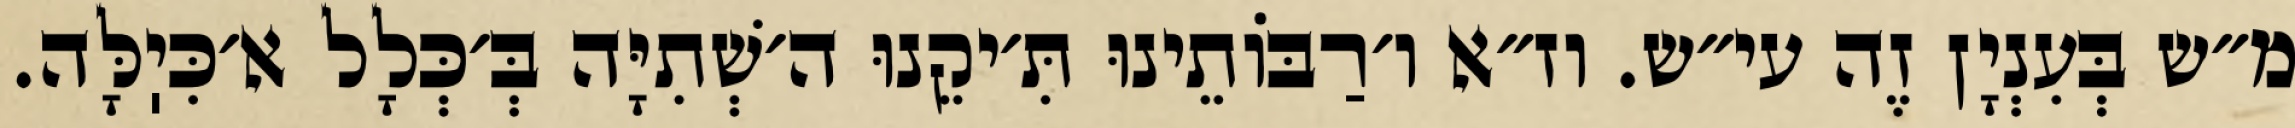
מ״ש בְּעִנְיָן זֶה עי״ש. וז״א ו׳רַבּוֹתֵינוּ תִּ׳יקֵנוּ ה׳שְׁתִיָּה בְּ׳כְּלָל א׳כִּיֽלָּה.